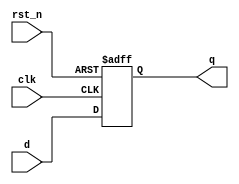
module d_flip_flop (
    input wire clk,        // Clock input
    input wire rst_n,     // Active-low reset input
    input wire d,         // Data input
    output reg q          // Data output
);

    // Always block triggered on the negative edge of the clock
    always @(negedge clk or negedge rst_n) begin
        if (!rst_n) begin
            // Asynchronous reset
            q <= 1'b0;     // Initialize output to 0 on reset
        end else begin
            // Capture data on falling edge of clock
            q <= d;        // Assign input d to output q
        end
    end

endmodule